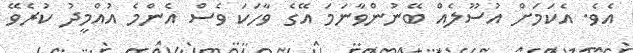
އެވެ. އެކަމަށް އުސޫލެއް ބޭނުންވާނަމަ އޭގެ ވާހަކަ ވެސް އެންމެ އުއްމީދު ކުރެވޭ